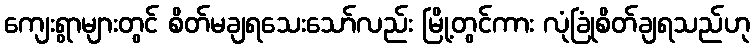
ကျေးရွာများတွင် စိတ်မချရသေးသော်လည်း မြို့တွင်ကား လုံခြုံစိတ်ချရသည်ဟု